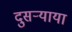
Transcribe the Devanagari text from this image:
दुसर्‍याया